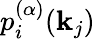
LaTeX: p_{i}^{(\alpha)}(\mathbf{k}_{j})